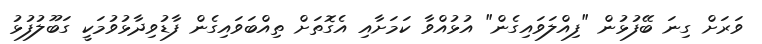
ވަރަށް ގިނަ ބޭފުޅުން "ފިއްލަވައިގެން" އުޅުއްވާ ކަމަށާއި އެގޮތަށް ތިއްބަވައިގެން ފާޑުވިދާޅުވުމަކީ ގަބޫލުފުޅު